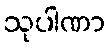
သုပါဏာ